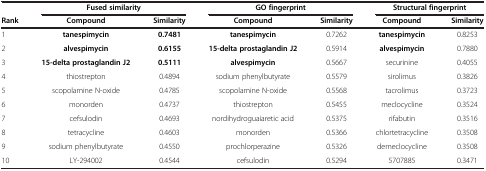
<table><thead><tr><td><b> </b></td><td colspan="2"><b>Fused similarity</b></td><td colspan="2"><b>GO fingerprint</b></td><td colspan="2"><b>Structural fingerprint</b></td></tr></thead><tbody><tr><td><b>Rank</b></td><td><b>Compound</b></td><td><b>Similarity</b></td><td><b>Compound</b></td><td><b>Similarity</b></td><td><b>Compound</b></td><td><b>Similarity</b></td></tr><tr><td>1</td><td><b>tanespimycin</b></td><td><b>0.7481</b></td><td><b>tanespimycin</b></td><td>0.7262</td><td><b>tanespimycin</b></td><td>0.8253</td></tr><tr><td>2</td><td><b>alvespimycin</b></td><td><b>0.6155</b></td><td><b>15-delta prostaglandin J2</b></td><td>0.5914</td><td><b>alvespimycin</b></td><td>0.7880</td></tr><tr><td>3</td><td><b>15-delta prostaglandin J2</b></td><td><b>0.5111</b></td><td><b>alvespimycin</b></td><td>0.5667</td><td>securinine</td><td>0.4055</td></tr><tr><td>4</td><td>thiostrepton</td><td>0.4894</td><td>sodium phenylbutyrate</td><td>0.5579</td><td>sirolimus</td><td>0.3826</td></tr><tr><td>5</td><td>scopolamine N-oxide</td><td>0.4785</td><td>scopolamine N-oxide</td><td>0.5568</td><td>tacrolimus</td><td>0.3723</td></tr><tr><td>6</td><td>monorden</td><td>0.4737</td><td>thiostrepton</td><td>0.5455</td><td>meclocycline</td><td>0.3524</td></tr><tr><td>7</td><td>cefsulodin</td><td>0.4693</td><td>nordihydroguaiaretic acid</td><td>0.5375</td><td>rifabutin</td><td>0.3516</td></tr><tr><td>8</td><td>tetracycline</td><td>0.4603</td><td>monorden</td><td>0.5366</td><td>chlortetracycline</td><td>0.3508</td></tr><tr><td>9</td><td>sodium phenylbutyrate</td><td>0.4550</td><td>prochlorperazine</td><td>0.5326</td><td>demeclocycline</td><td>0.3508</td></tr><tr><td>10</td><td>LY-294002</td><td>0.4544</td><td>cefsulodin</td><td>0.5294</td><td>5707885</td><td>0.3471</td></tr></tbody></table>